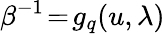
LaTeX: \beta^{-1}\! =\! g_{q}(u,\lambda)